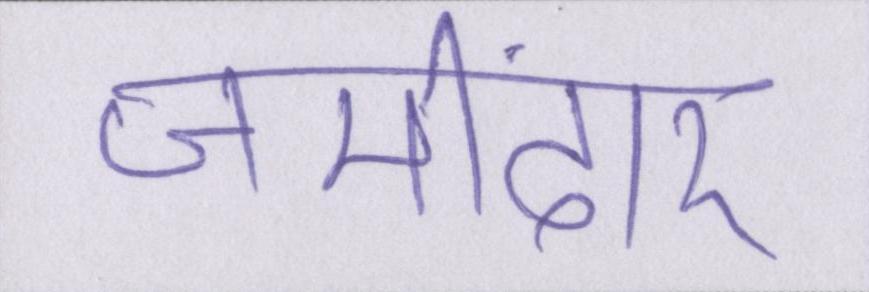
जमींदार